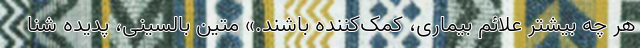
هر چه بیشتر علائم بیماری، کمک‌کننده باشند.» متین بالسینی، پدیده شنا